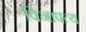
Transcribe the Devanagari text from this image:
विनापत्य